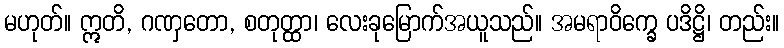
မဟုတ်။ ဣတိ, ဂဏှတော, စတုတ္ထာ၊ လေးခုမြောက်အယူသည်။ အမရာဝိက္ခေ ပဒိဋ္ဌိ၊ တည်း။